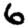
Digit: 6